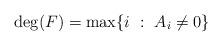
LaTeX: \begin{align*}\deg(F) = \max \{ i \ : \ A_i \ne 0 \}\end{align*}